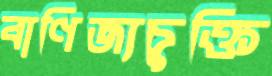
বাণিজ্যচুক্তি